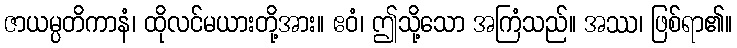
ဇာယမ္ပတိကာနံ၊ ထိုလင်မယားတို့အား။ ဧဝံ၊ ဤသို့သော အကြံသည်။ အဿ၊ ဖြစ်ရာ၏။